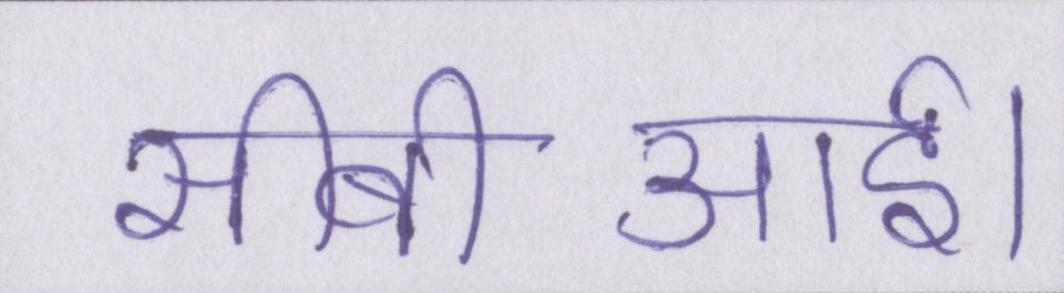
सीबीआई।